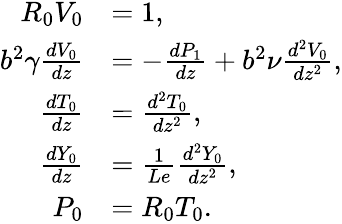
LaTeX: \begin{array}{rl}{{R}_{0}{V}_{0}}&{=1,}\\ {b^{2}\gamma\frac{d{V}_{0}}{dz}}&{=-\frac{d{P}_{1}}{dz}+b^{2}\nu\frac{d^{2}{V}_{0}}{dz^{2}},}\\ {\frac{d{T}_{0}}{dz}}&{=\frac{d^{2}{T}_{0}}{dz^{2}},}\\ {\frac{d{Y}_{0}}{dz}}&{=\frac{1}{Le}\frac{d^{2}{Y}_{0}}{dz^{2}},}\\ {{P}_{0}}&{={R}_{0}{T}_{0}.}\end{array}